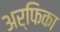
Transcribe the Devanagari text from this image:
अर्फिका